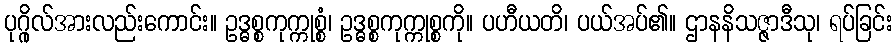
ပုဂ္ဂိုလ်အားလည်းကောင်း။ ဥဒ္ဓစ္စကုက္ကုစ္စံ၊ ဥဒ္ဓစ္စကုက္ကုစ္စကို။ ပဟီယတိ၊ ပယ်အပ်၏။ ဌာနနိသဇ္ဇာဒီသု၊ ရပ်ခြင်း